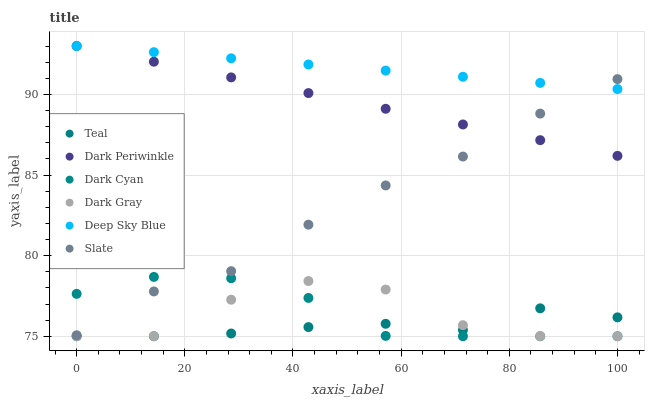
| xaxis_label | Teal | Dark Periwinkle | Dark Cyan | Dark Gray | Deep Sky Blue | Slate |
 | --- | --- | --- | --- | --- | --- | --- |
 | 0 | 75 | 93 | 77.6 | 75 | 93 | 75.1 |
 | 14.3 | 75 | 92 | 78.7 | 75 | 92.6 | 77.8 |
 | 28.6 | 75.2 | 91.1 | 78.6 | 77.3 | 92.2 | 79 |
 | 42.9 | 75.6 | 90.1 | 77.4 | 78.4 | 91.9 | 81.9 |
 | 57.1 | 75.8 | 89.1 | 75 | 77.9 | 91.5 | 84.4 |
 | 71.4 | 75.4 | 88.1 | 75 | 75.7 | 91.1 | 86.1 |
 | 85.7 | 76.7 | 87.2 | 75 | 75 | 90.7 | 88.8 |
 | 100 | 76.2 | 86.2 | 75 | 75 | 90.3 | 90.9 |